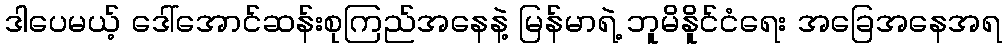
ဒါပေမယ့် ဒေါ်အောင်ဆန်းစုကြည်အနေနဲ့ မြန်မာရဲ့ ဘူမိနိူင်ငံရေး အခြေအနေအရ